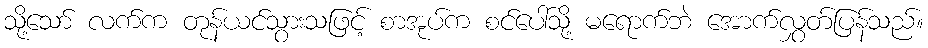
သို့သော် လက်က တုန်ယင်သွားသဖြင့် စာအုပ်က စင်ပေါ်သို့ မရောက်ဘဲ အောက်လွှတ်ပြန်သည်။